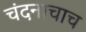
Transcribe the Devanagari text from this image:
चंदनाचाच